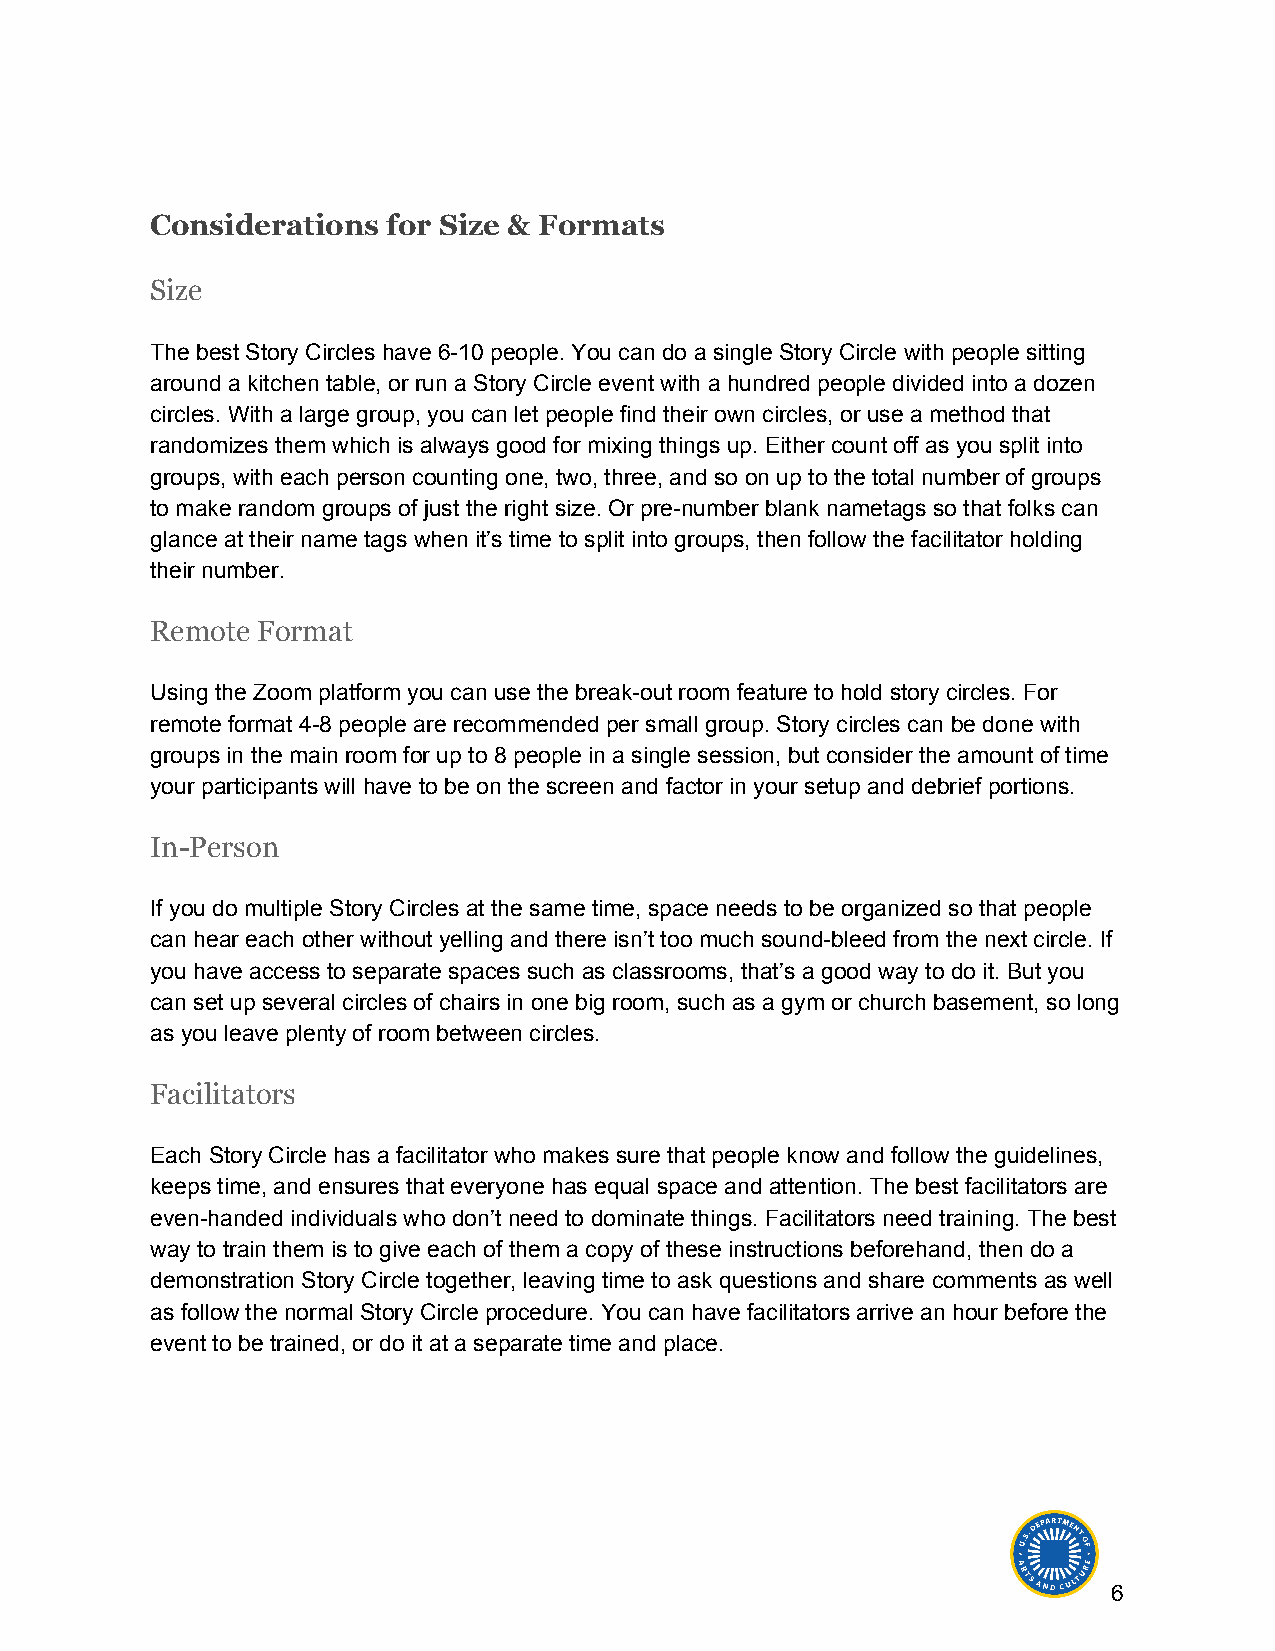
Considerations  for Size & Formats
 Size
 The best Story Circles have 6-10 people. You can do a single Story Circle with people sitting
 around a kitchen table, or run a Story Circle event with a hundred people divided into a dozen
 circles. With a large group, you can let people find their own circles, or use a method that
 randomizes them which is always good for mixing things up. Either count off as you split into
 groups, with each person counting one, two, three, and so on up to the total number of groups
 to make random groups of just the right size. Or pre-number blank nametags so that folks can
 glance at their name tags when it’s time to split into groups, then follow the facilitator holding
 their number.
 Remote Format
 Using the Zoom platform you can use the break-out room feature to hold story circles. For
 remote format 4-8 people are recommended per small group. Story circles can be done with
 groups in the main room for up to 8 people in a single session, but consider the amount of time
 your participants will have to be on the screen and factor in your setup and debrief portions.
 In-Person
 If you do multiple Story Circles at the same time, space needs to be organized so that people
 can hear each other without yelling and there isn’t too much sound-bleed from the next circle. If
 you have access to separate spaces such as classrooms, that’s a good way to do it. But you
 can set up several circles of chairs in one big room, such as a gym or church basement, so long
 as you leave plenty of room between circles.
 Facilitators
 Each Story Circle has a facilitator who makes sure that people know and follow the guidelines,
 keeps time, and ensures that everyone has equal space and attention. The best facilitators are
 even-handed individuals who don’t need to dominate things. Facilitators need training. The best
 way to train them is to give each of them a copy of these instructions beforehand, then do a
 demonstration Story Circle together, leaving time to ask questions and share comments as well
 as follow the normal Story Circle procedure. You can have facilitators arrive an hour before the
 event to be trained, or do it at a separate time and place.
 6